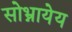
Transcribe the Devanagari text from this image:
सोभ्नायेय